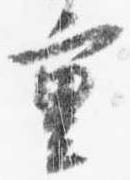
重